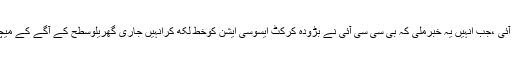
دراصل پہلی خبران کے صبح صبح آئی ،جب انہیں یہ خبرملی کہ بی سی سی آئی نے بڑودہ کرکٹ ایسوسی ایشن کوخط لکھ کرانہیں جاری گھریلوسطح کے آگے کے میچوں میں نہ منتخب کرنے کوکہاہے۔